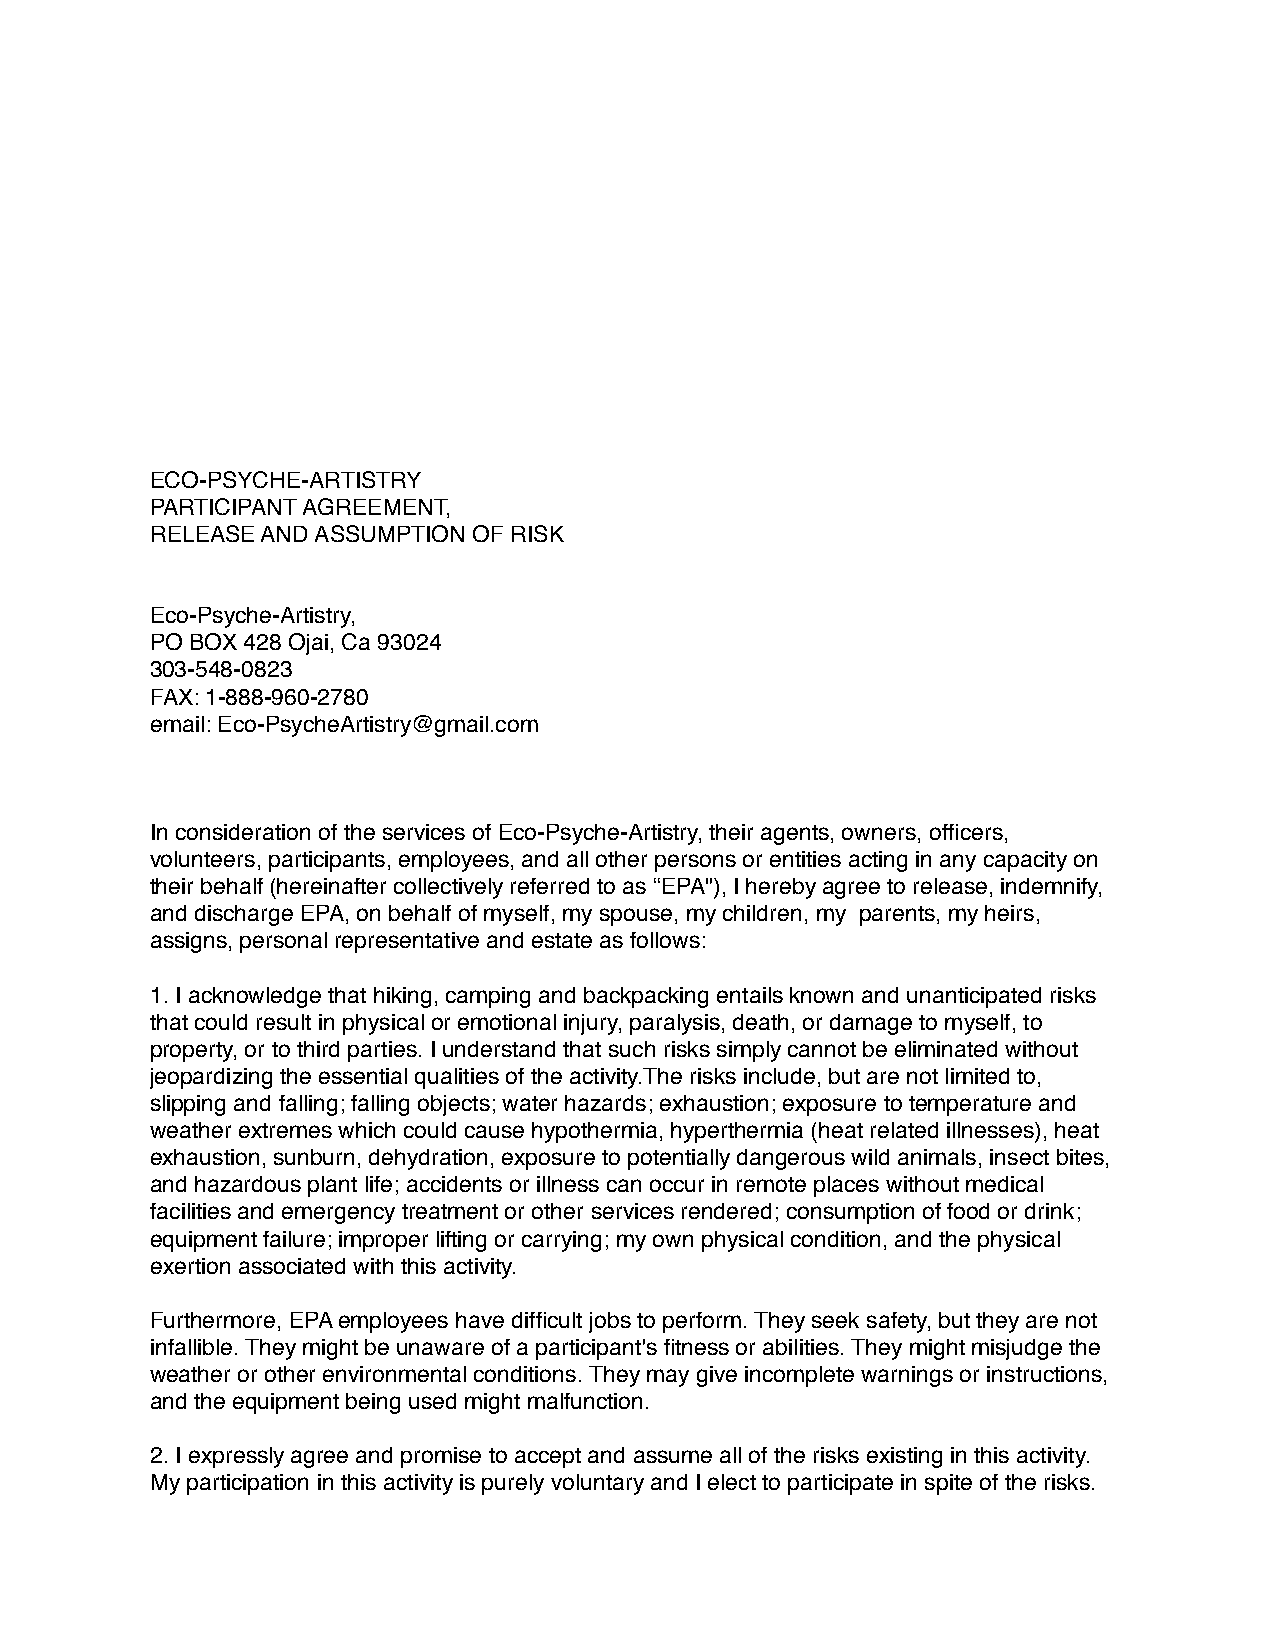
ECO-PSYCHE-ARTISTRY
 PARTICIPANT AGREEMENT,
 RELEASE AND ASSUMPTION OF RISK
 Eco-Psyche-Artistry,
 PO BOX 428 Ojai, Ca 93024
 303-548-0823
 FAX: 1-888-960-2780
 email: Eco-PsycheArtistry@gmail.com
 In consideration of the services of Eco-Psyche-Artistry, their agents, owners, officers,
 volunteers, participants, employees, and all other persons or entities acting in any capacity on
 their behalf (hereinafter collectively referred to as “EPA"), I hereby agree to release, indemnify,
 and discharge EPA, on behalf of myself, my spouse, my children, my parents, my heirs,
 assigns, personal representative and estate as follows:
 1. I acknowledge that hiking, camping and backpacking entails known and unanticipated risks
 that could result in physical or emotional injury, paralysis, death, or damage to myself, to
 property, or to third parties. I understand that such risks simply cannot be eliminated without
 jeopardizing the essential qualities of the activity.The risks include, but are not limited to,
 slipping and falling; falling objects; water hazards; exhaustion; exposure to temperature and
 weather extremes which could cause hypothermia, hyperthermia (heat related illnesses), heat
 exhaustion, sunburn, dehydration, exposure to potentially dangerous wild animals, insect bites,
 and hazardous plant life; accidents or illness can occur in remote places without medical
 facilities and emergency treatment or other services rendered; consumption of food or drink;
 equipment failure; improper lifting or carrying; my own physical condition, and the physical
 exertion associated with this activity.
 Furthermore, EPA employees have difficult jobs to perform. They seek safety, but they are not
 infallible. They might be unaware of a participant's fitness or abilities. They might misjudge the
 weather or other environmental conditions. They may give incomplete warnings or instructions,
 and the equipment being used might malfunction.
 2. I expressly agree and promise to accept and assume all of the risks existing in this activity.
 My participation in this activity is purely voluntary and I elect to participate in spite of the risks.